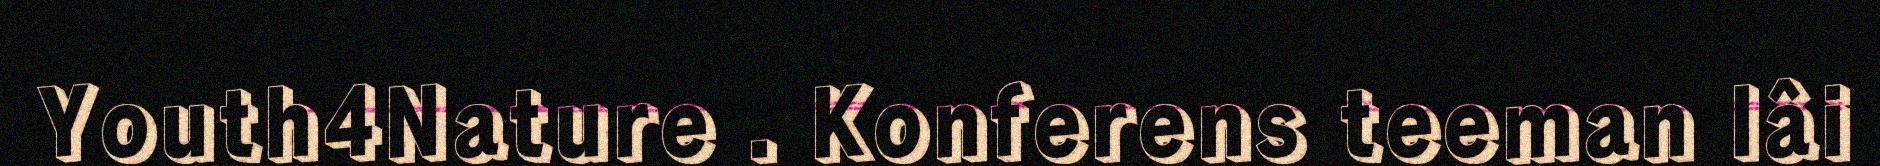
Youth4Nature . Konferens teeman lâi